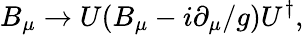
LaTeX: B_{\mu}\rightarrow U(B_{\mu}-i\partial_{\mu}/g)U^{\dagger},